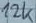
Text: 12K